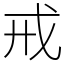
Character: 戒